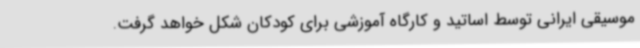
موسیقی ایرانی توسط اساتید و کارگاه آموزشی برای کودکان شکل خواهد گرفت.